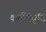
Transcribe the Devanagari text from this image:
कर्मनिवृत्ति